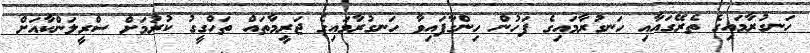
ހަނގުރާމައިގެ ތެރޭގައާއި ހަނގުރާމައިގެ ފަހުން ހިންގާފައިވާ ހަނގުރާމައިގެ ޖަރީމާތައް ތަހްގީގު ކުރުމަށް ސްރީލަންކާއަށް